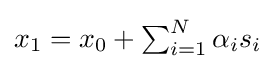
{\textstyle x_{1}=x_{0}+\sum _{i=1}^{N}\alpha _{i}s_{i}}